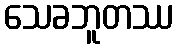
သေခဘူတဿ